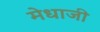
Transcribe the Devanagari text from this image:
मेधाजी